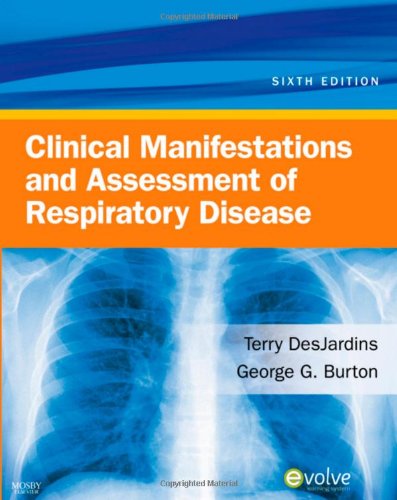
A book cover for Clinical Manifestations & Assessment of Respiratory Disease, 6e; Terry Des Jardins MEd  RRT; Medical Books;